Report on vaccination North-West Frontier Province 1904-1922 - 1904-1922
Year: 1904
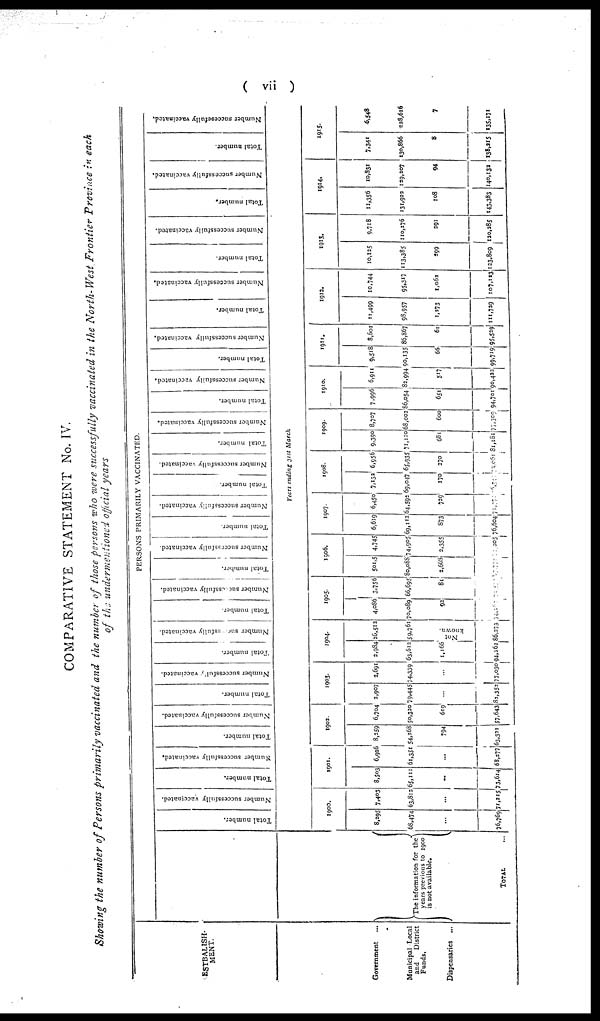
( vii )
COMPARATIVE STATEMENT No. IV.
Showing the number of Persons primarily vaccinated and the number of those persons who were successfully vaccinated in the North-West Frontier Province in each
of the undermentioned official years.
ESTBALISH¬
MENT.
Government ...
Municipal Local
and
District
Funds.
Dispensaries ...
PERSONS PRIMARILY VACCINATED.
The information for the
years previous to 1900
is not available.
TOTAL ...
Total number.
Number successfully vaccinated.
Total number.
Number successfully vaccinated.
Total number.
Number successfully vaccinated.
Total number.
Number successfully
vaccinated.
Total number.
Number successfully vaccinated.
Total number.
Number successfully vaccinated.
Total number.
Number successfully vaccinated.
Total number.
Number successfully vaccinated.
Total number.
Number successfully vaccinated.
Total number.
Number successfully vaccinated.
Total number.
Number successfully vaccinated.
Total number.
Number successfully vaccinated.
Total number.
Number successfully vaccinated.
Total number.
Number successfully vaccinated.
Total number.
Number successfully vaccinated.
Total number.
Number successfully vaccinated.
Years ending 31st March
1900.
8,295
68,474
...
76,769
7,403
63,812
...
71,215
1901.
8,503
65,111
...
73,614
6,926
61,351
...
68,277
1902.
8,259
54,168
794
63,321
6,704
50,320
619
57,643
1903.
2,907
79,445
...
82,352
2,691
74,339
...
77,030
1904.
2,984
63,612
1,166
94,262
26,512
59,761
Not
Known. 86,273
1905.
4,086
70,089
92
74,267
3,756
66,695
81
70,537
1906.
501,5
80,088
2,668
87,772
4,745
74,905
1,355
52,005
1907.
6,619
69,112
873
76,604
6,450
64,592
729
71,771
1908.
7,132
69,047
170
76,340
6,956
65,935
270
73,061
1909.
9,390
71,110
681
81,181
8,707
68,002
600
77,309
1910.
7,996
86,054
651
94,701
6,911
82,994
517
90,422
1911.
9,518
90,135
66
99,719
8,601
86,867
61
95,529
1913.
11,499
98,957
1,273
111,729
10,744
95,317
1,062
107,113
1913.
10,125
113,385
299
123,809
9,718
110,176
291
120,285
1914.
11,356
131,922
108
143,383
10,831
129,207
94
140,132
1915.
7,341
130,866
8
138,215
6,548
128,616
7
135,171